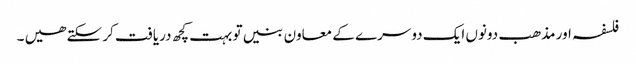
فلسفہ اور مذھب دونوں ایک دوسرے کے معاون بنیں تو بہت کچھ دریافت کر سکتے ھیں ۔